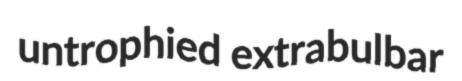
untrophied extrabulbar